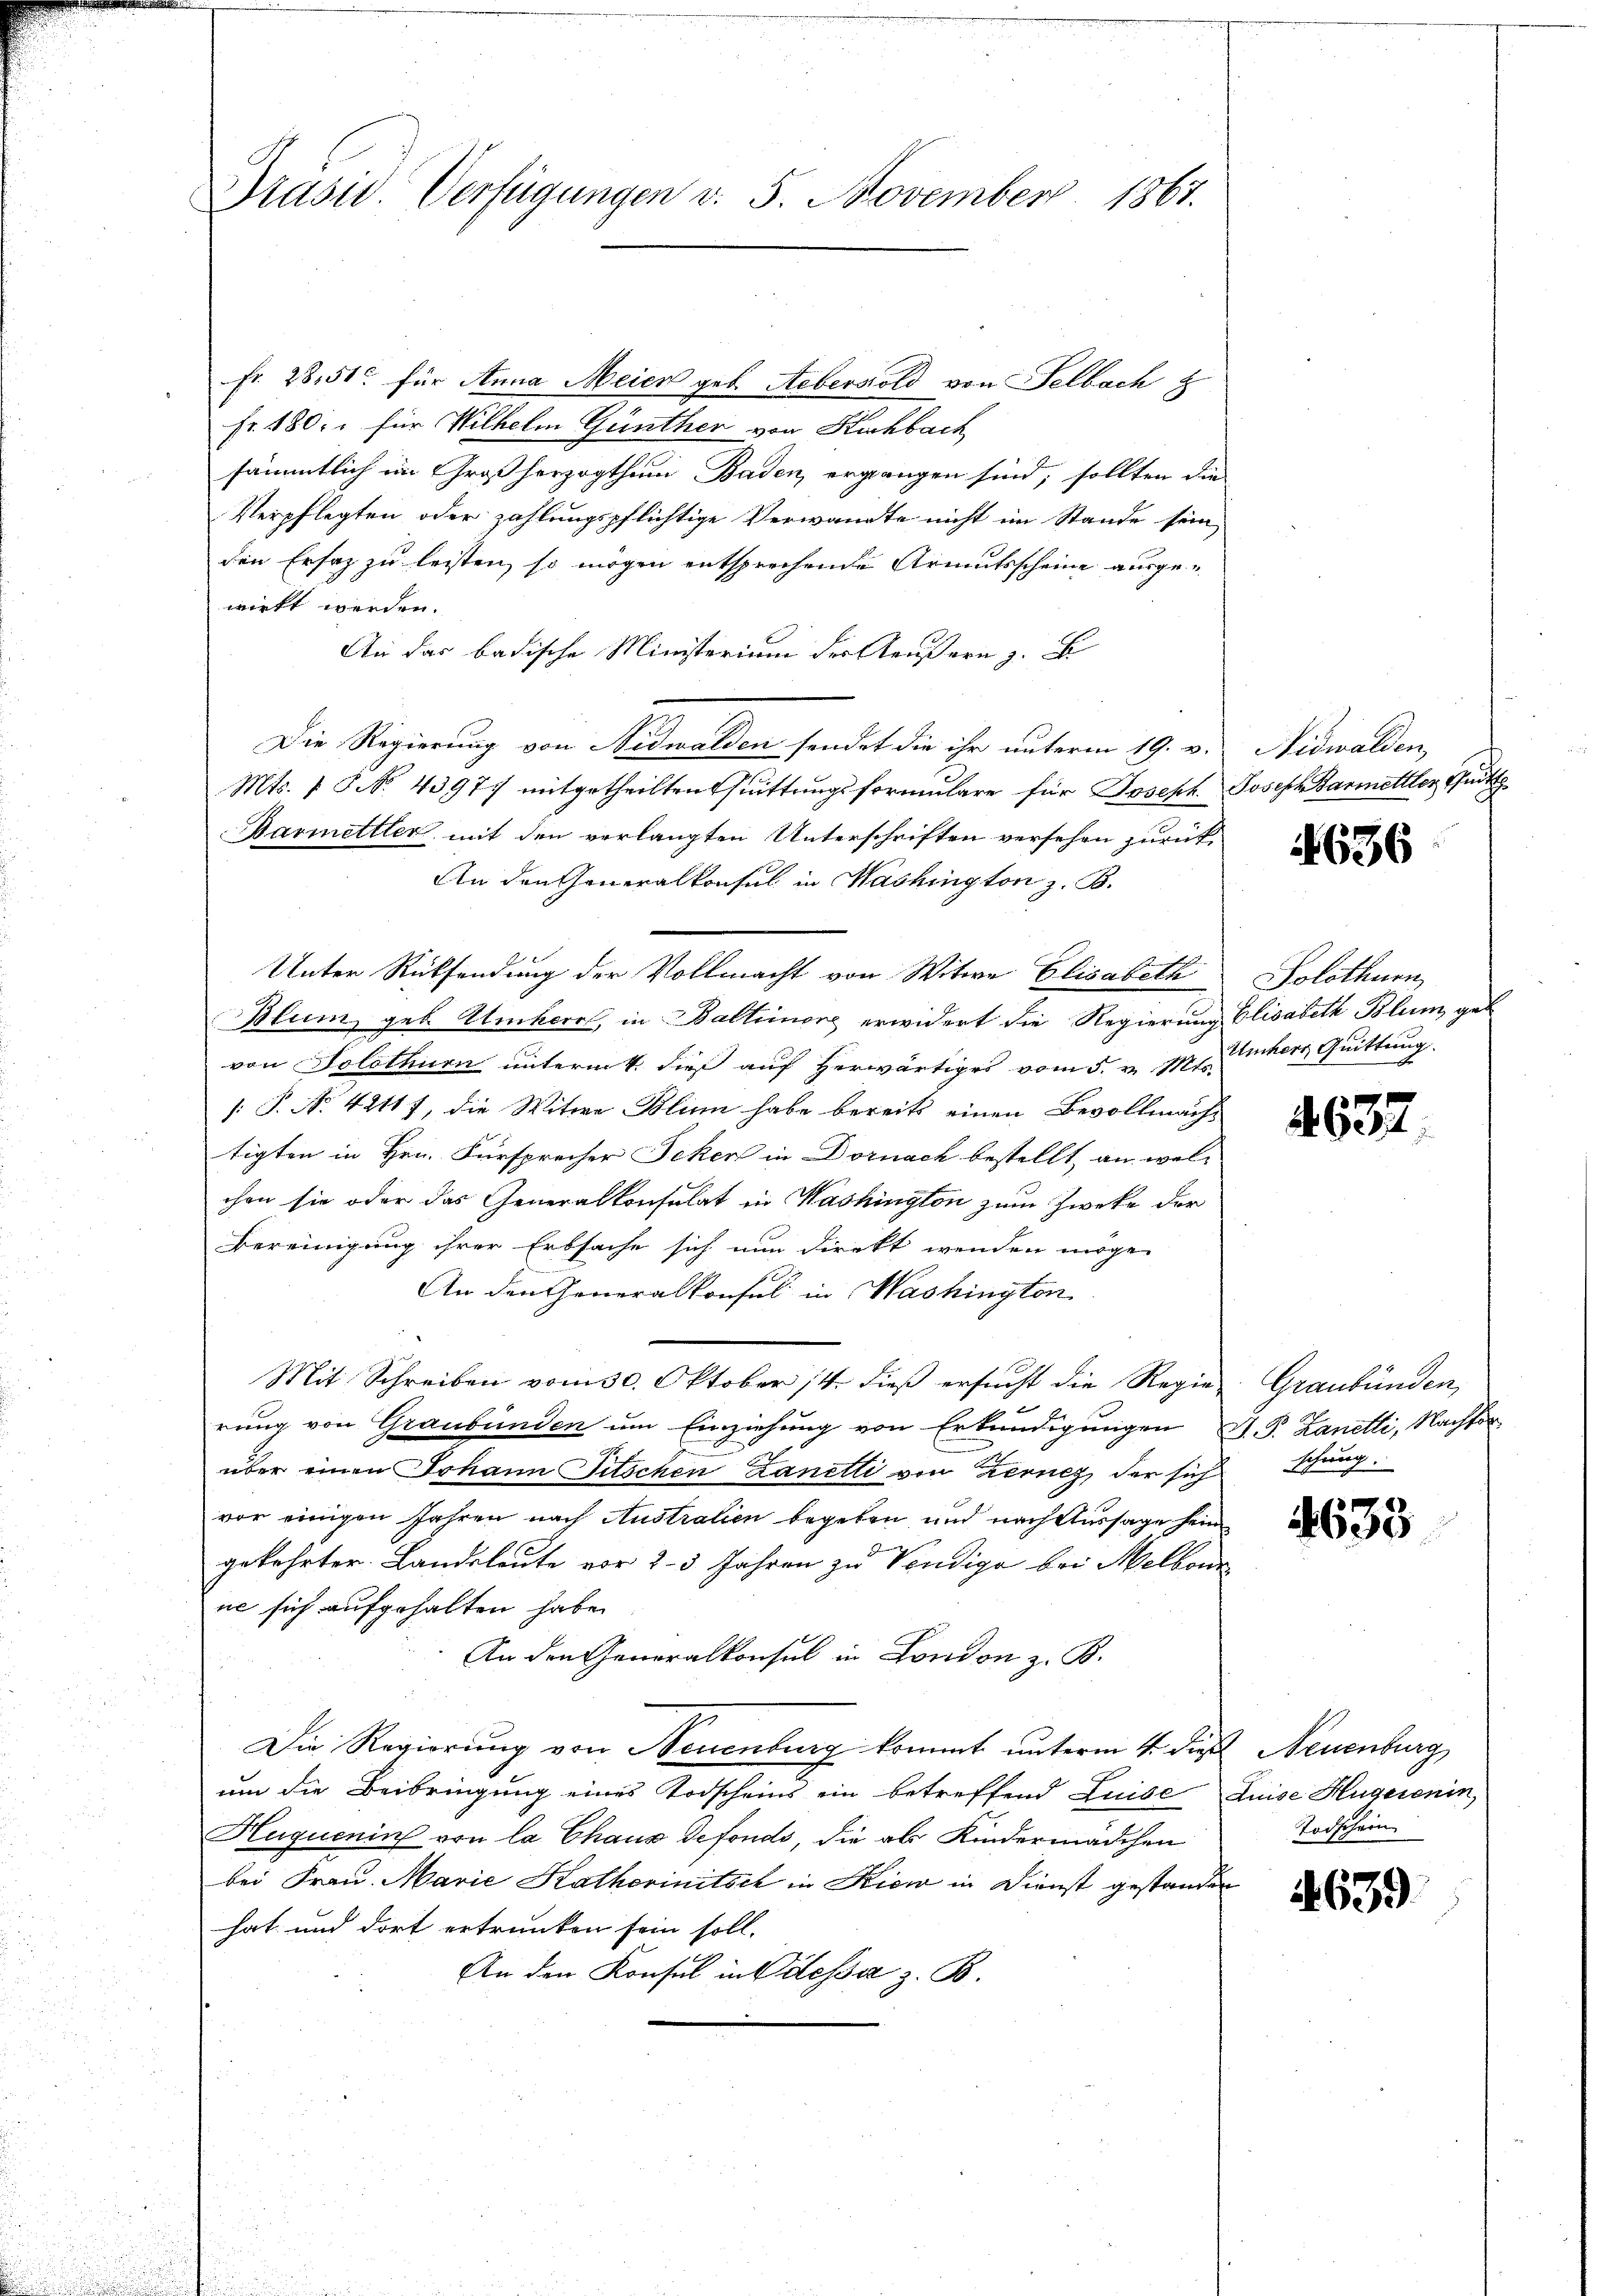
Präsid. Verfügungen v. 5. November 1867.

Fr. 28,51 für Anna Meier geb. Aeberstold von Selbach z
Fr. 180. für Wilhelm Günther von Kuchbach
sämmtlich im Großherzogthum Baden, ergangen sind, sollten die
Verpflegten oder zahlungspflichtige Verwandte nicht im Stande sein
den Ersatz zu leisten, so mögen entsprechende Armutsscheine ausge-
wirkt werden.
An das badische Ministerium der Aeußern z. B
Die Regierung von Nidwalden sendet die ihr unterm 19. v.
Mts. 1. No. 4397. mitgetheilten Quittungsformulare für Joseph Joseph Barmettler Quitt
Dasmettler, mit den verlangten Unterschriften versehen zurück¬
An den Generalkonsul in Washington z. B.
Blum geb. Umherr, in Baltimore erwidert die Regierung Elisabeth Blum geb
von Solothurn unterm 4. dieß auf herwärtiges vom 5. v. M. herr Quittung
1: P. No 42117, die Witwe Blin habe bereits einen Bevollmäch-
tigten in Hrn. Fürsprecher Jeker in Dornach bestellt, an wel-
chen sie oder das Generalkonsulat in Washington zum Zwecke der
Bereinigung ihrer Erbsache sich nun direkt wenden möge.
An den Generalkonsul in Washington
Mit Schreiben vom 30. Oktober 14 dieß ersucht die Regie Graubünden,
rung von Graubünden um Einziehung von Erkundigungen D. P. Zanelli, Nachfor
über einen Johann Titschen Zanetti von Zerncz, der sich schung.
vor einigen Jahren nach Austratien begeben, und nach Aussage sein
gekehrter Landsleute vor 2-3 Jahren zu Vendige bei Melbour
ne sich aufgehalten habe.
An den Generalkonsul in London z. B.
Die Regierung von Neuenburg kommt unterm 4. dieß Neuenburg
um die Beibringung eines Todscheins ein betreffend Luise Luise Hugerenin,
Huquenin von la Chaus defonds, die als Kindermädchen
bei Frau. Marie Katherinitsch in Kiew in Dienst gestanden
hat und dort ertrunken sein soll.
An den Konsul in Odessa z. B.

Unter Rücksendung der Vollmacht von Witwe Elisabeth

Nidwalden,

636

Solothurn,

637.

633

Todschein

639